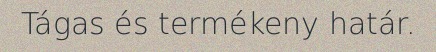
Tágas és termékeny határ.